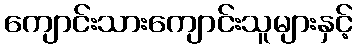
ကျောင်းသားကျောင်းသူများနှင့်